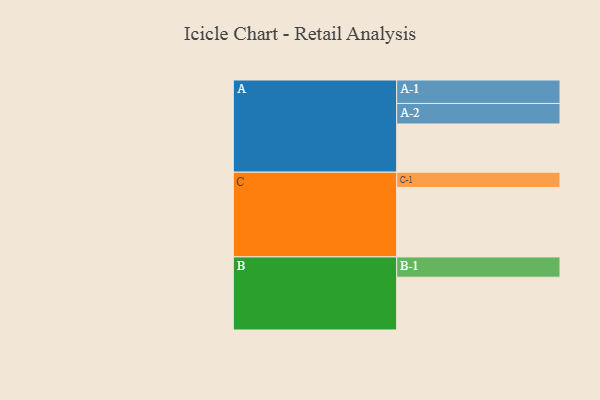
{"axis": {"x": "Segment", "y": "Value"}, "legend": ["", "A", "B", "C"], "data": [{"x": "A", "y": 411, "type": ""}, {"x": "B", "y": 450, "type": ""}, {"x": "C", "y": 592, "type": ""}, {"x": "A-1", "y": 200, "type": "A"}, {"x": "A-2", "y": 175, "type": "A"}, {"x": "B-1", "y": 173, "type": "B"}, {"x": "C-1", "y": 130, "type": "C"}]}